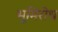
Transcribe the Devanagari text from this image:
भूमिरोध